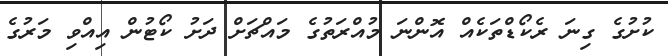
ކުށުގެ ގިނަ ރެކޯޑްތަކެއް އޮންނަ މުއްރަތުގެ މައްޗަށް ދަށު ކޯޓުން އިއްވި މަރުގެ